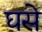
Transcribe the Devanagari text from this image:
घसे